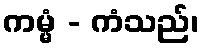
ကမ္မံ - ကံသည်၊